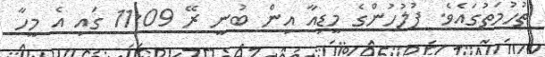
ތުހުމަތުގައެވެ. ފުލުހުންގެ މީޑިއާ އިން ބުނީ ރޭ 11:09 ގައި އެ މީހާ